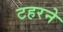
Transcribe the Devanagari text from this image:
टहरने